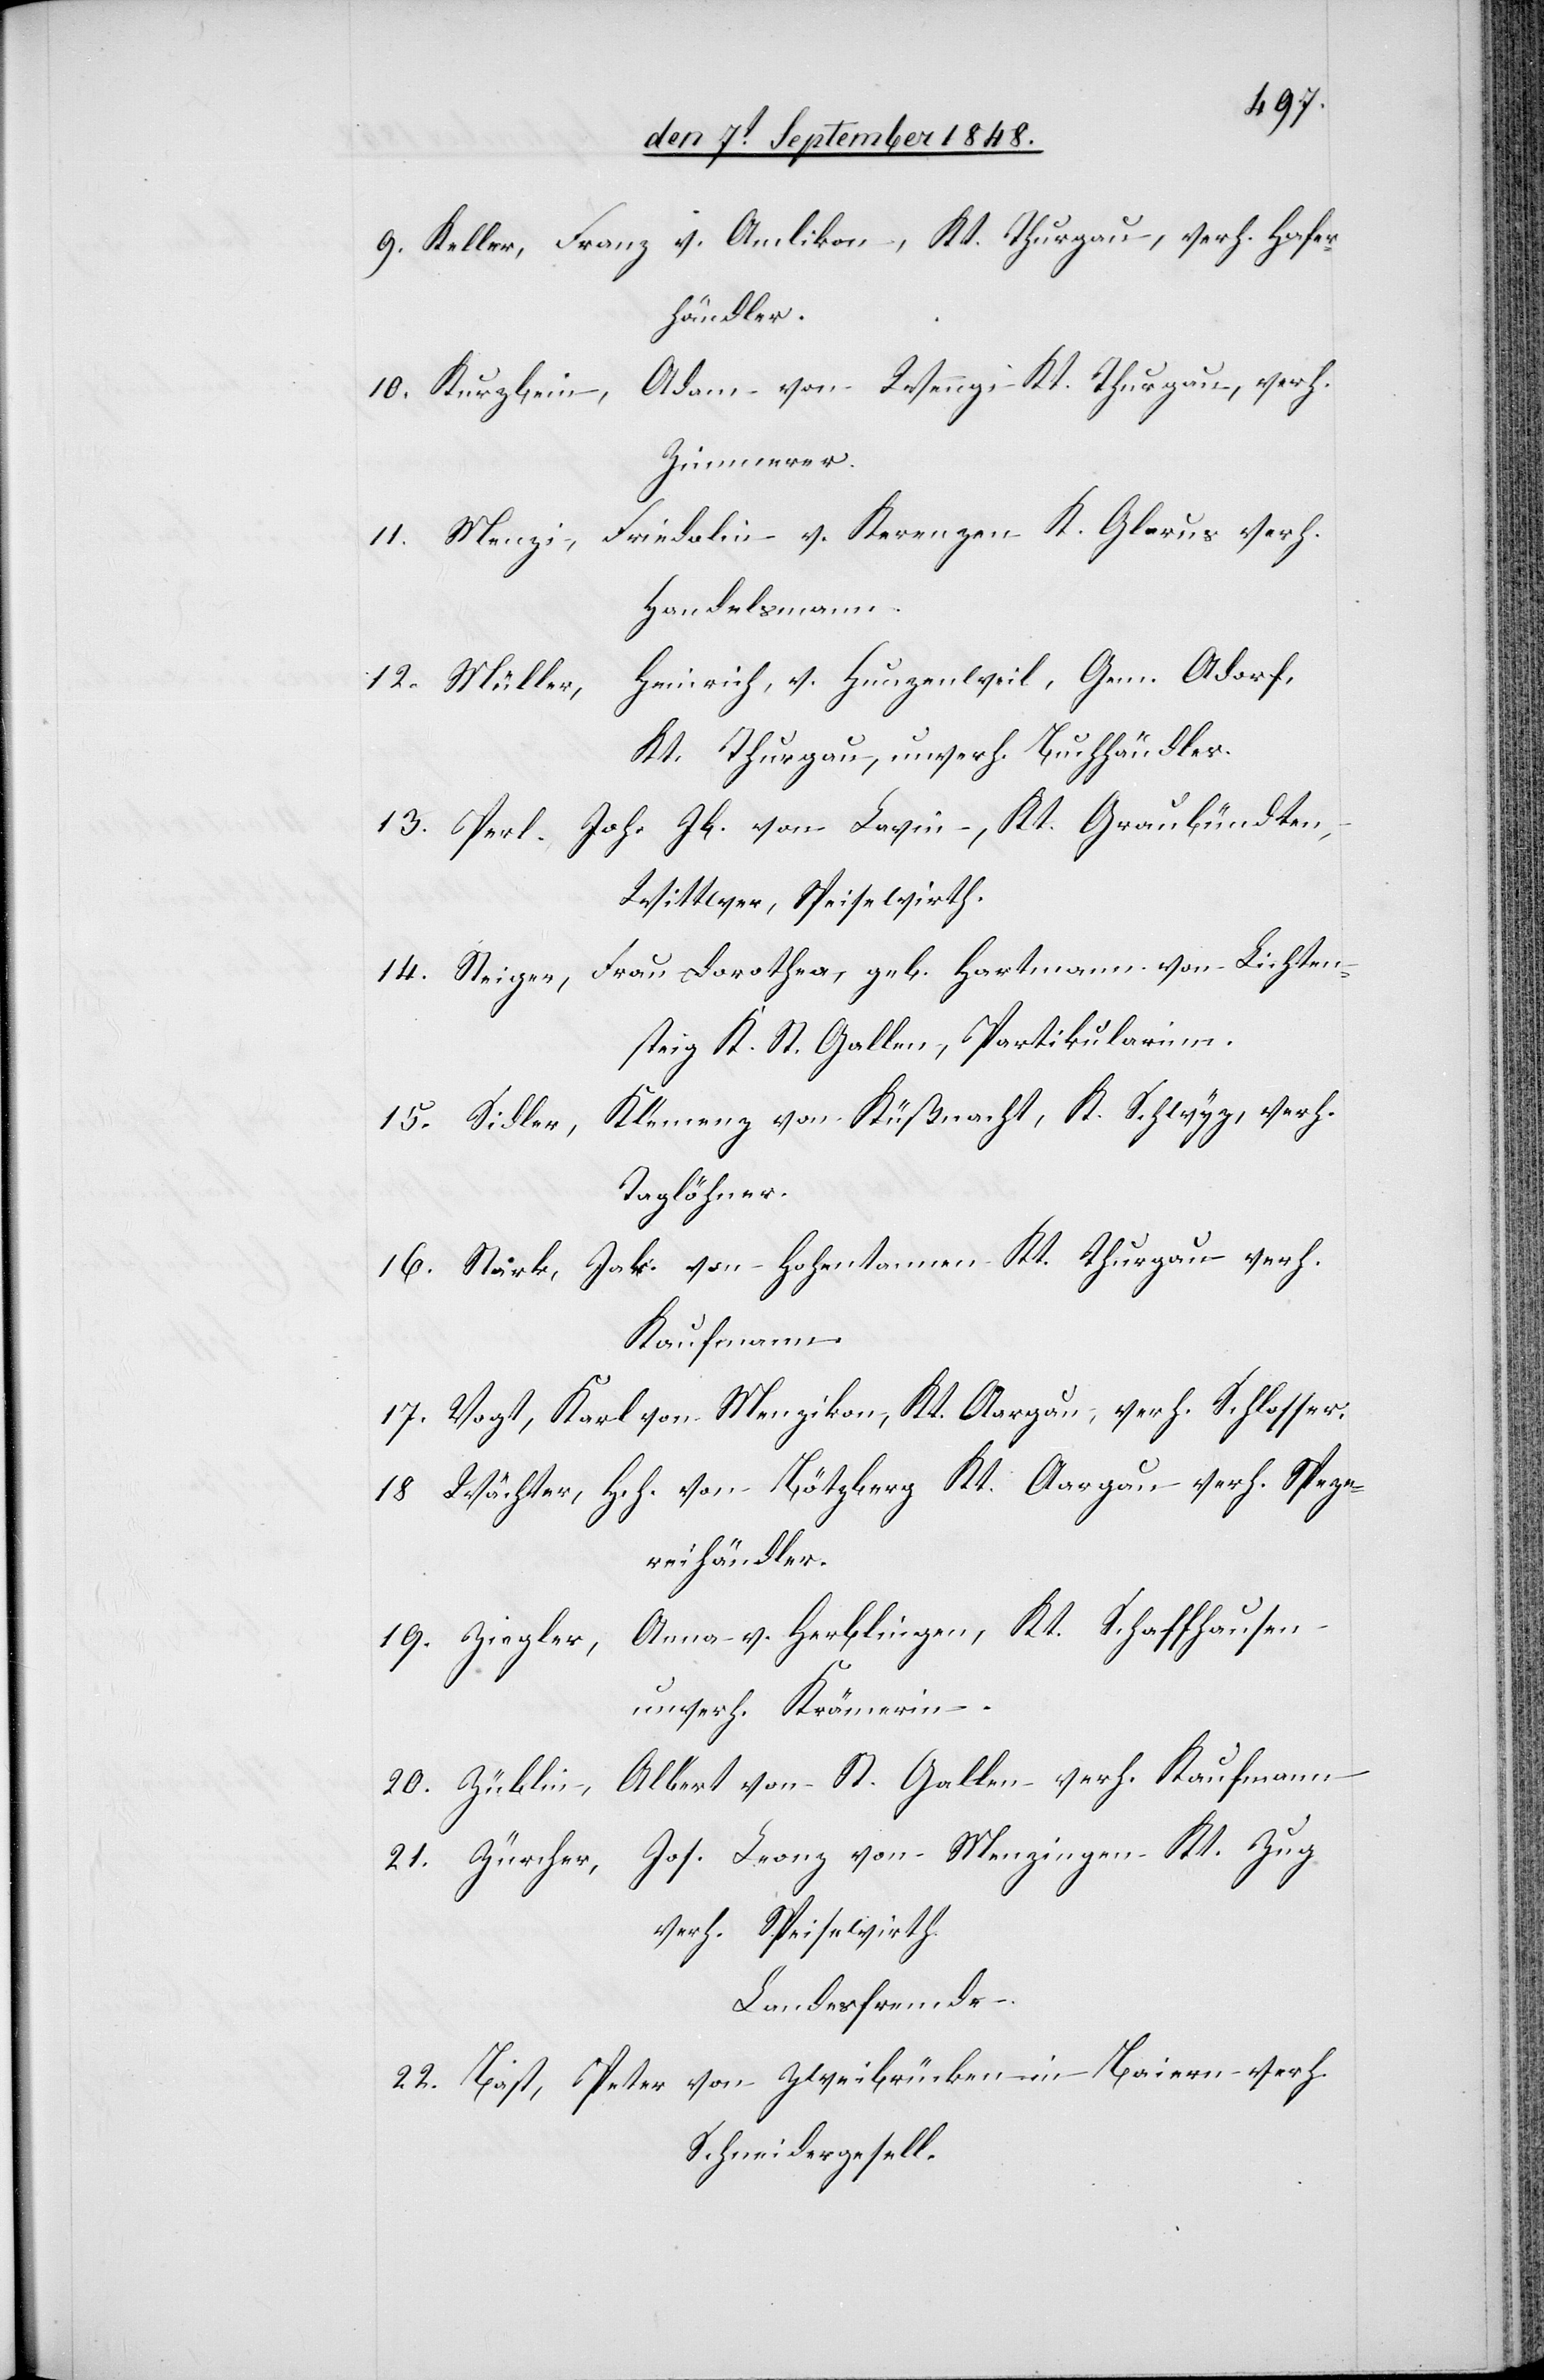
v. Amlikon, Kt. Thurgau, verh. Hafer¬
9. Keller, Franz
händler.
Adam von Wengi Kt. Thurgau, verh.
10. Kurzbein,
Zimmerer.
11. Menzi, Friedolin v. Kerenzen K. Glarus verh.
Handelsmann.
Heinrich, v. Hunzenweil, Gem. Adorf,
12. Müller,
Kt. Thurgau, unverh. Buchhändler.
13. Perl. Joh. Jb. von Lavin, Kt. Graubündten,
Wittwer, Speisewirth.
Frau Dorothea, geb. Hartmann von Lichten¬
14. Steiger,
steig Kt. St. Gallen, Partikularinn.
Klemenz von Küßnacht, K. Schwyz, verh.
15. Sidler,
Taglöhner.
16. Stark, Jak. von Hohentannen Kt. Thurgau verh.
Kaufmann.
17. Vogt, Karl von Menzikon, Kt. Aargau, verh. Schlosser.
18. Wächter, Hch. von Bötzberg Kt. Aargau verh. Spezer¬
eihändler.
19. Ziegler, Anna v. Herblingen, Kt. Schaffhausen
unverh. Krämerin.
Alber von St. Gallen verh. Kaufmann
20. Züblin,
Jos. Franz von Menzingen Kt. Zug
21. Zürcher,
verh. Speisewirth.
Landesfremde.
22. Bast, Peter von Zweibrücken in Baiern verh.
Schneidergesell.